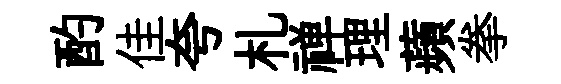
酌佳夸札禅理蘋拳